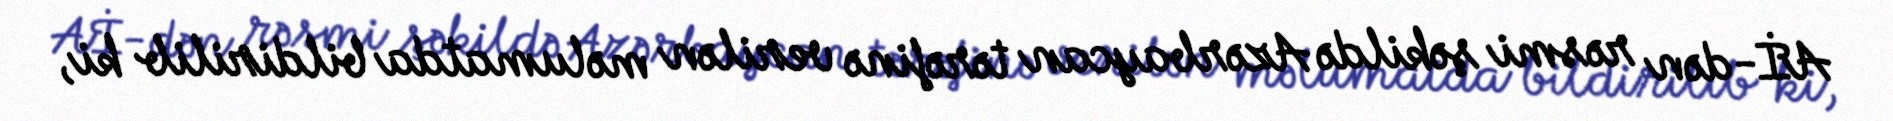
Aİ-dən rəsmi şəkildə Azərbaycan tərəfinə verilən məlumatda bildirilib ki,